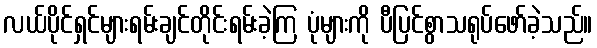
လယ်ပိုင်ရှင်များရမ်းချင်တိုင်းရမ်းခဲ့ကြ ပုံများကို ပီပြင်စွာသရုပ်ဖော်ခဲ့သည်။